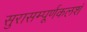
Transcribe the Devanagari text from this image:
सुरासम्पूर्णकलशं